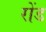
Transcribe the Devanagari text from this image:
रोंड